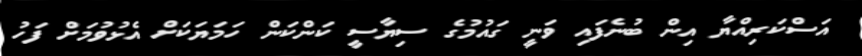
އަސްކަރިއްޔާ އިން ބުނެފައި ވަނީ ގައުމުގެ ސިޔާސީ ކަންކަން ހަމަޔަކަށް އެޅުވުމަށް ފަހު